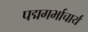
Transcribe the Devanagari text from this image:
पद्मगर्भाचार्य